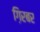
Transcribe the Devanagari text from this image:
ग़िरबर